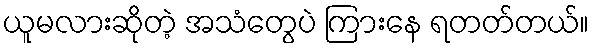
ယူမလားဆိုတဲ့ အသံတွေပဲ ကြားနေ ရတတ်တယ်။